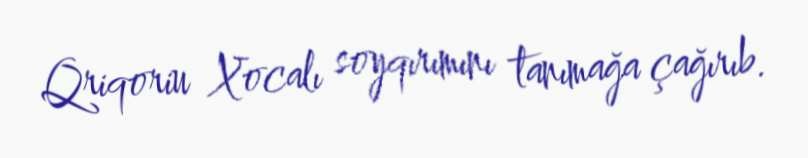
Qriqoriu Xocalı soyqırımını tanımağa çağırıb.